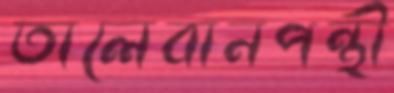
তালেবানপন্থী